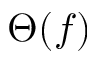
\Theta ( f )